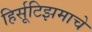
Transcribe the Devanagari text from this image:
हिर्सूटिझमाचे